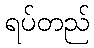
ရပ်တည်